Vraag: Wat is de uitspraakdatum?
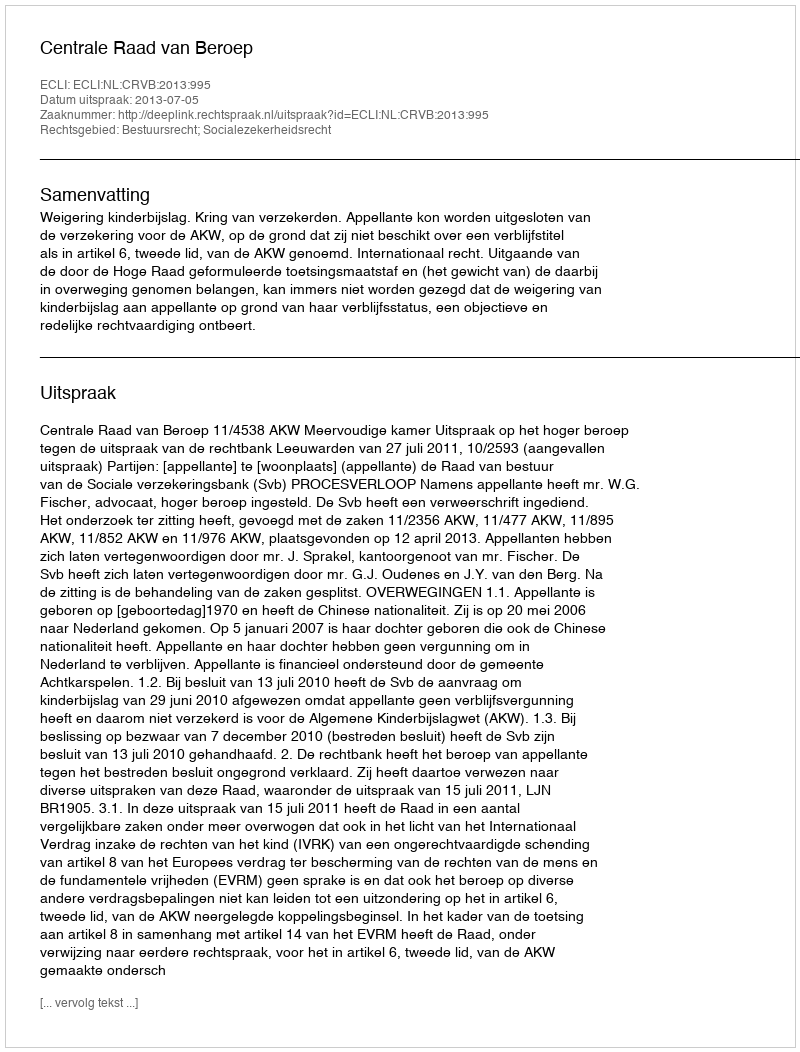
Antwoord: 2013-07-05